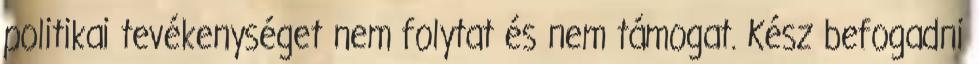
politikai tevékenységet nem folytat és nem támogat. Kész befogadni